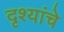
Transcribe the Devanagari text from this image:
दृश्यांचे